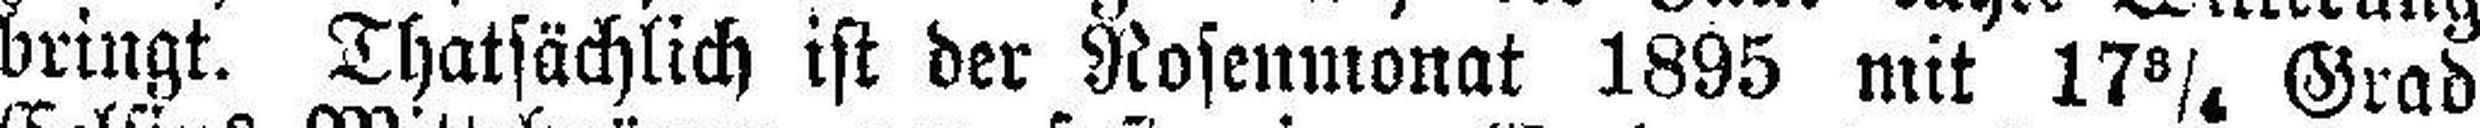
bringt. Thatsächlich ist der Rosenmonat 1895 mit 17 3/4. Grad